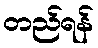
တည်ရန်